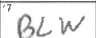
Transcription: BLW